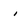
Character: i